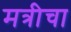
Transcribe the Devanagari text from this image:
मत्रीचा